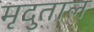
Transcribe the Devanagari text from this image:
मृदुताल